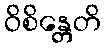
ဝိစိန္တေတိ